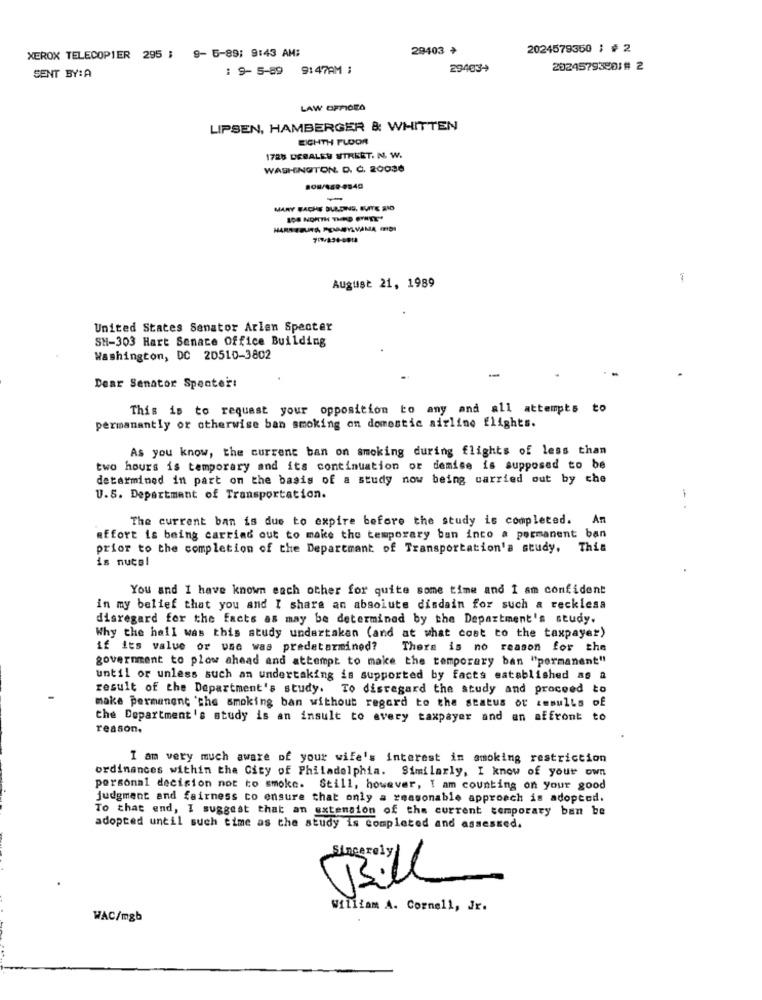
XEROX TELECOPIER 295 ; 9-5-89: 9:43 AM:
29403 *
2024579350 ; # 2
: 9- 5-89 9:47AM ;
29403+
20245793801# 2
SENT BY:A
LIPSEN, HAMBERGER & WHITTEN
EICHTH FLOOR
1728 DEBALEY STREET. N. W.
WASHINGTON, D. C. 20036
MARY FACHE DURDINS, BUITE SIO
108 NORTH THE FATE"
HARSTRUIRA, POMMEYLVAMA mISI
August 21, 1989
United States Senator Arlen Specter
SH-303 Hart Senate Office Building
Washington, DC 20510-3802
Dear Senator Specter:
This is to request your opposition to any and all attempts to
permanantly or otherwise ban smoking on domestic airline flights.
As you know, the current ban on smoking during flights of less than
two hours is temporary and its continuation or demise is supposed to be
determined in part on the basis of a study now being carried out by che
U.S. Department of Transportation.
- .
The current ban is due to expire before the study is completed.
An
affort is being carried out to make the temporary ban inco a permanent ban
prior to the completion of the Department of Transportation's study. This
is nucal
You and I have known each other for quite some time and I am confident
in my belief that you and I share an absolute disdain for such a recklesa
disregard for the facts as may be determined by the Department's study.
Why the hall was this study undertaken (and at what cost to the taxpayer)
if its value or use was predetermined?
There is no reason for the
government to plow ahead and attempt to make the temporary ban "permanent"
until or unless such an undertaking is supported by facts established as a
result of the Department's study. To disregard the study and proceed to
make permanent 'the smoking ban without regard to the status of zmmulls of
the Department's study is an insult to avery taxpayer and en affront to
reason.
I am very much aware of your wife's interest in smoking restriction
ordinances within the City of Philadelphia. Similarly, I know of your own
personal decision not to smoke. Still, however, I am counting on your good
judgment and fairness to ensure that only a reasonable approach is adopted.
To that end, I suggest that an extension of the current temporary ban be
adopted until such time as the study is completed and assessed.
Sincerely
Bill
William A. Cornell, Jr.
WAC/mgb